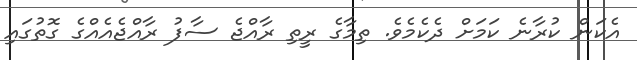
އެކަން ކުރާނެ ކަމަށް ދެކެމެވެ. ތިމާގެ ރީތި ރާއްޖެ ސާފު ރާއްޖެއެއްގެ ގޮތުގައި